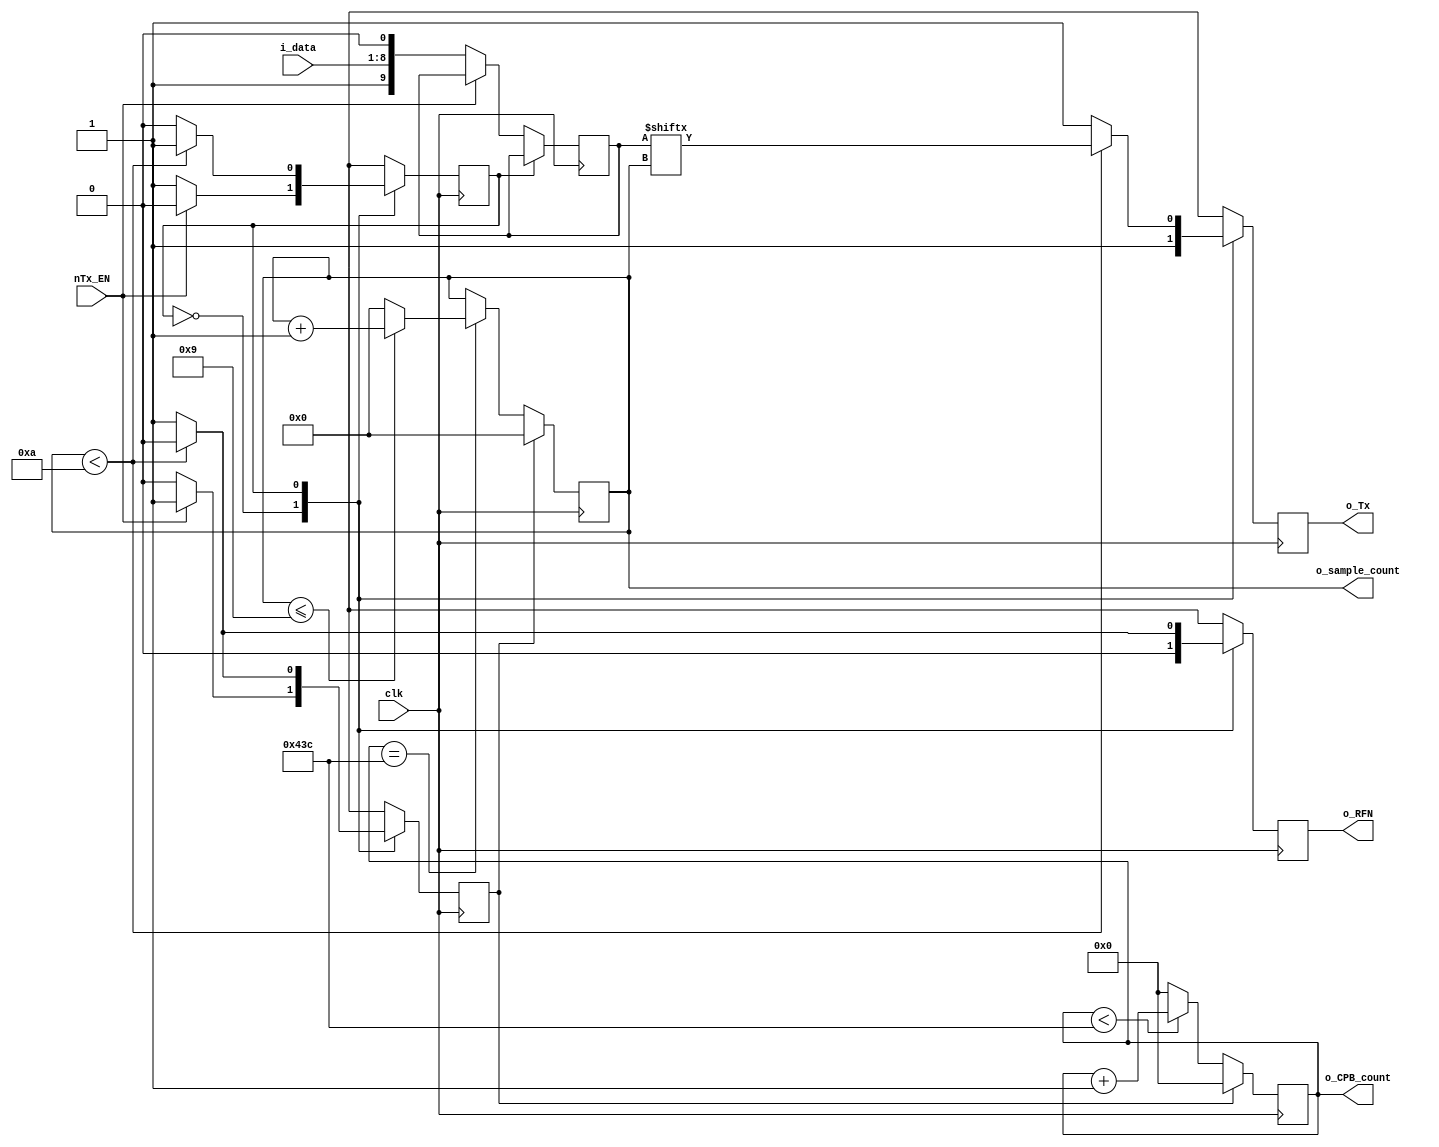
`timescale 1ns / 1ps

/////////////////////////////////////////////////////////////////////////
//
//   BASIC UART transmitter
//   
//   Serial Terminal Settings:
//		115200 baud
//		1 stop bit
//		No Parity
//		8 data bits
//
//	 Written by Dominic Meads 
//	 11/1/2020
//	 ver 1.0
//
/////////////////////////////////////////////////////////////////////////

module UART_Tx 
	# (parameter CPB = 1085)      // CPB = clocks per bit (clocks that occur during one bit transmission) :  125 MHz / 115200 Baud = 1085 (1085.069)
	(
	input clk,               	  // 125 MHz
	input [7:0] i_data,        	  // input data to be serialized
	input nTx_EN,             	  // transmit enable (ACTIVE LOW)
	output o_Tx,               	  // Serial transmit line
	output o_RFN,              	  // RFN = ready for next (data) -- high pulse
	output [3:0] o_sample_count,  // outputs the bit we are transmitting
	output [10:0] o_CPB_count     // outputs how close we are to transmitting a new bit
	);
	
	// states
	localparam IDLE = 1'b0;       // do nothing (wait for nTx_EN to go LOW)
	localparam TRANSMIT = 1'b1;   // serialize and transmit data
	
	// Registers
	reg STATE = IDLE;             // state machine reg initialized to IDLE
	reg [9:0] temp = 0;           // data reg with start and stop bits
	reg r_Tx = 1;                 // output register for o_Tx
	reg r_RFN = 1;                // output register for o_RFN
	reg [10:0] CPB_count = 0;     // CPB_count for the clocks per bit (CPB)
	reg nCPB_count_E = 1;         // CPB_count enable (ACTIVE LOW)
	reg [3:0] sample_count = 0;   // to keep track of which bit we are transmitting
	reg nsample_count_E = 1;      // sample_count enable (ACTIVE LOW)
	
	///////////////////////////////////////////////////////////////////////////////////////////////////////////////////////////////
	// counters 
	always @ (posedge clk)
		begin 
			if (!nCPB_count_E)  // active low
				begin 
					if (CPB_count < CPB - 1)
						CPB_count <= CPB_count + 1;
					else 
						CPB_count <= 0;
				end // if (!nCPB_count_E)
			else 
				CPB_count <= 0;  // if nCPB_count_E low, CPB_count is reset to 0
		end // always
  
	always @ (posedge clk)
		begin
			if (!nsample_count_E)
				begin 
					if (CPB_count == CPB - 1)  
						begin 
							if (sample_count <= 9)  // counter counts up to 10 (11 counts) to ensure full stop bit is sent      
								sample_count <= sample_count + 1;
							else
								sample_count <= 0;
						end  // if (CPB_count...
				end      // if (!nsample_count_E)
			else     // if nsample_count_E is high
				sample_count <= 0;  // disable counter
		end // always
	
	assign o_CPB_count = CPB_count;        // output assignments
	assign o_sample_count = sample_count;
	// end counters 
	
	///////////////////////////////////////////////////////////////////////////////////////////////////////////////////////////////
	// FSM
	always @ (posedge clk)
		begin
			case (STATE)
			
				IDLE : 
					begin
						r_Tx <= 1;      // Transmit line held high
						r_RFN <= 0;     // not ready for new data (with the exception of the first transmission)
						if (!nTx_EN)
							begin
								nCPB_count_E <= 0;                  // activate CPB_count
								nsample_count_E <= 0;               // activate sample_count
								temp <= {1'b1, i_data[7:0], 1'b0};  // concatenate the stop bit (high), data, and start bit (low)
								STATE <= TRANSMIT;                  // move to transmit state
							end  // if (!nTx_EN)
						else     // if nTx_EN
							begin 
								nCPB_count_E <= 1;     // CPB_count disabled
								nsample_count_E <= 1;  // sample_count disabled
								STATE <= IDLE;         // stay in IDLE
							end  // else
					end  // IDLE
				
				TRANSMIT :
					begin
						if (sample_count < 10)
							begin 
								r_Tx <= temp[sample_count];  // serialize data
								r_RFN <= 0;                  // dont send new data
								nCPB_count_E <= 0;           // keep CPB_count enabled
								nsample_count_E <= 0;        // keep sample_count enabled
								STATE <= TRANSMIT;           // Keep transmitting
							end  // if (sample_count < 10)
						else     // if sample_count == 10
							begin 
								r_Tx <= 1;            // hold line high (should already be high)
								r_RFN <= 1;           // send a single high pulse indicating ready for next input data
								nCPB_count_E <= 1;    // disable CPB_count
								nsample_count_E <= 1; // disable nsample_count_E
								STATE <= IDLE;        // wait for the next nTx_EN
							end  // else 
					end  // TRANSMIT
					
				default :
					begin 
						r_Tx <= 1;             // hold Tx line high
						r_RFN <= 0;            // RFN low
						nCPB_count_E <= 1;     // disable CPB_count
						nsample_count_E <= 1;  // disable sample_count
						STATE <= IDLE;         // state is IDLE
					end  // default
			endcase
		end  // always
		// end FSM
		
		///////////////////////////////////////////////////////////////////////////////////////////////////////////////////////////////
		// output assignments			
		assign o_Tx = r_Tx;
	    assign o_RFN = r_RFN;
	    assign o_sample_count = sample_count;
	    assign o_CPB_count = CPB_count;
		// end output assignments
		
endmodule  // UART_Tx